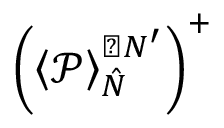
\left( \left\langle \mathcal { P } \right\rangle _ { \hat { N } } ^ { \perp N ^ { \prime } } \right) ^ { + }